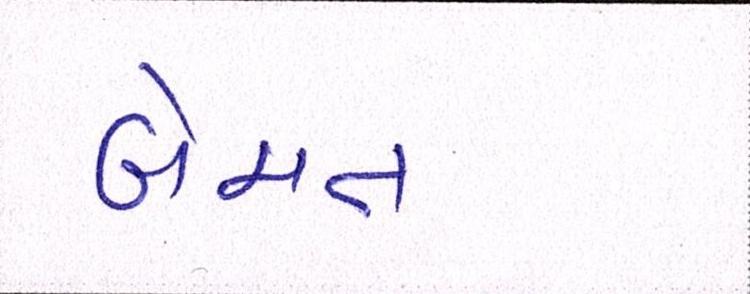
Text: બેમત